Annual report on the mental hospital in the Central Provinces and Berar (Nagpur) - 1927-1951
Year: 1927
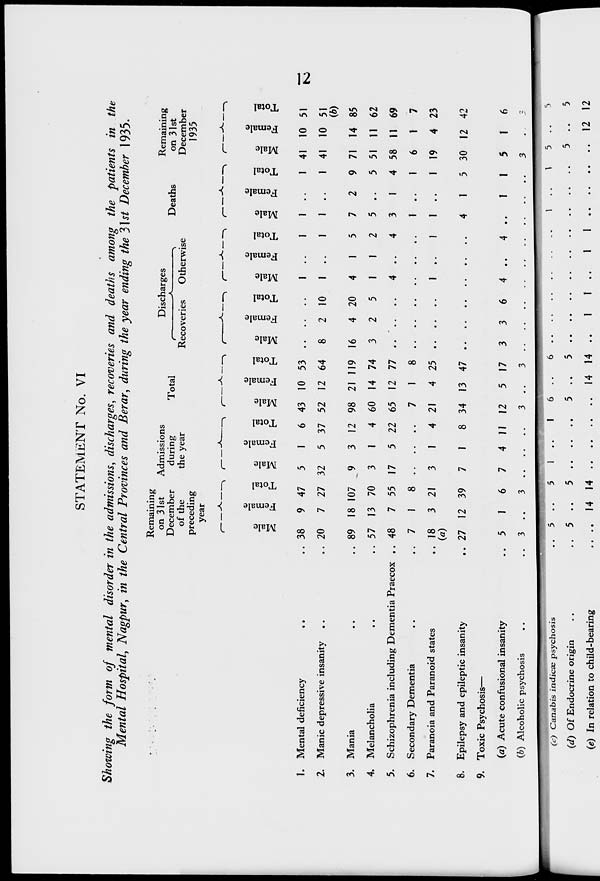
12
STATEMENT No. VI
Showing the form of mental disorder in the admissions, discharges, recoveries and deaths among the patients in the
Mental Hospital, Nagpur, in the Central Provinces and Berar, during the year ending the 31st December 1935.
1. Mental deficiency .. ..
2. Manic depressive insanity .. ..
3. Mania .. ..
4. Melancholia .. ..
5. Schizophrenia including Dementia Praecox ..
6. Secondary Dementia .. ..
7. Paranoia and Paranoid states
..
8. Epilepsy and epileptic insanity
..
9. Toxic Psychosis—
(a) Acute confusional insanity ..
(b) Alcoholic psychosis .. ..
Remaining
on 31st
December
of the
preceding
year
Male
38
20
89
57
48
7
18
(a)
27
5
3
Female
9
7
18
13
7
1
3
12
1
..
Total
47
27
107
70
55
8
21
39
6
3
Admissions
during
the year
Male
5
32
9
3
17
..
3
7
7
..
Female
1
5
3
1
5
..
1
1
4
..
Total
6
37
12
4
22
..
4
8
11
..
Total
Male
43
52
98
60
65
7
21
34
12
3
Female
10
12
21
14
12
1
4
13
5
..
Total
53
64
119
74
77
8
25
47
17
3
Discharges
Recoveries
Male
..
8
16
3
..
..
..
..
3
..
Female
..
2
4
2
..
..
..
..
3
..
Total
..
10
20
5
..
..
..
..
6
..
Otherwise
Male
1
1
4
1
4
..
1
..
4
..
Female
..
..
1
1
..
..
..
..
..
..
Total
1
1
5
2
4
..
1
..
4
..
Deaths
Male
1
1
7
5
3
1
1
4
..
..
Female
..
..
2
..
1
..
..
1
1
..
Total
1
1
9
5
4
1
1
5
1
..
Remaining
on 31st
December
1935
Male
41
41
71
51
58
6
19
30
5
3
Female
10
10
14
11
11
1
4
12
1
..
Total
51
51
(b)
85
62
69
7
23
42
6
3